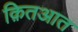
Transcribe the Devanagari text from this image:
क़ितआत